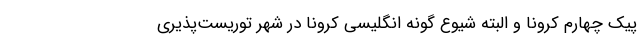
پیک چهارم کرونا و البته شیوع گونه انگلیسی کرونا در شهر توریست‌پذیری